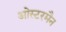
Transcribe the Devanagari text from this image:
ओस्टरमैन